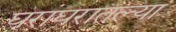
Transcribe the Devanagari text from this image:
घरांघरातल्या